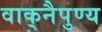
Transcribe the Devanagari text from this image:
वाक्‌नैपुण्य